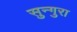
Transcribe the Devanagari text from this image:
सुन्गुरा